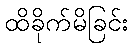
ထိခိုက်မိခြင်း